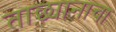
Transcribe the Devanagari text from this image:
ताछ्यानाचा